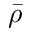
\bar { \rho }